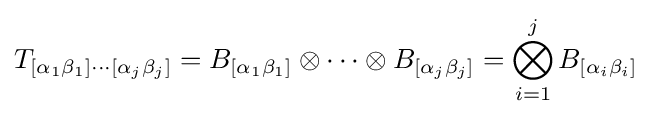
T_{[\alpha _{1}\beta _{1}]\cdots [\alpha _{j}\beta _{j}]}=B_{[\alpha _{1}\beta _{1}]}\otimes \cdots \otimes B_{[\alpha _{j}\beta _{j}]}=\bigotimes _{i=1}^{j}B_{[\alpha _{i}\beta _{i}]}